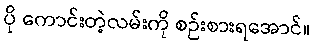
ပို ကောင်းတဲ့လမ်းကို စဉ်းစားရအောင်။